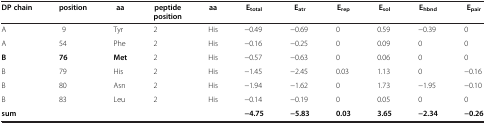
<table><thead><tr><td><b>DP chain</b></td><td><b>position</b></td><td><b>aa</b></td><td><b>peptide position</b></td><td><b>aa</b></td><td><b>E<sub>total</sub></b></td><td><b>E<sub>atr</sub></b></td><td><b>E<sub>rep</sub></b></td><td><b>E<sub>sol</sub></b></td><td><b>E<sub>hbnd</sub></b></td><td><b>E<sub>pair</sub></b></td></tr></thead><tbody><tr><td>A</td><td>9</td><td>Tyr</td><td>2</td><td>His</td><td>−0.49</td><td>−0.69</td><td>0</td><td>0.59</td><td>−0.39</td><td>0</td></tr><tr><td>A</td><td>54</td><td>Phe</td><td>2</td><td>His</td><td>−0.16</td><td>−0.25</td><td>0</td><td>0.09</td><td>0</td><td>0</td></tr><tr><td><b>B</b></td><td><b>76</b></td><td><b>Met</b></td><td>2</td><td>His</td><td>−0.57</td><td>−0.63</td><td>0</td><td>0.06</td><td>0</td><td>0</td></tr><tr><td>B</td><td>79</td><td>His</td><td>2</td><td>His</td><td>−1.45</td><td>−2.45</td><td>0.03</td><td>1.13</td><td>0</td><td>−0.16</td></tr><tr><td>B</td><td>80</td><td>Asn</td><td>2</td><td>His</td><td>−1.94</td><td>−1.62</td><td>0</td><td>1.73</td><td>−1.95</td><td>−0.10</td></tr><tr><td>B</td><td>83</td><td>Leu</td><td>2</td><td>His</td><td>−0.14</td><td>−0.19</td><td>0</td><td>0.05</td><td>0</td><td>0</td></tr><tr><td><b>sum</b></td><td> </td><td> </td><td> </td><td> </td><td><b>−4.75</b></td><td><b>−5.83</b></td><td><b>0.03</b></td><td><b>3.65</b></td><td><b>−2.34</b></td><td><b>−0.26</b></td></tr></tbody></table>